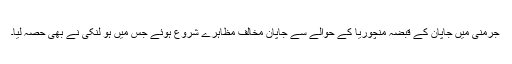
جرمنی میں جاپان کے قبضہ منچوریا کے حوالے سے جاپان مخالف مظاہرے شروع ہوئے جس میں ہو لنکی نے بھی حصہ لیا۔